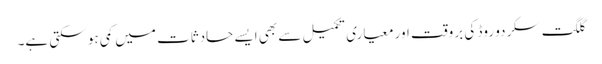
گلگت سکردو روڈ کی بروقت اور معیاری تکمیل سے بھی ایسے حادثات میں کمی ہو سکتی ہے۔